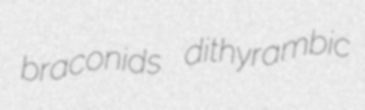
braconids dithyrambic